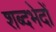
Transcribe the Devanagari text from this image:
शब्दभेदों